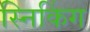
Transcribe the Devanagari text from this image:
स्निकिंग